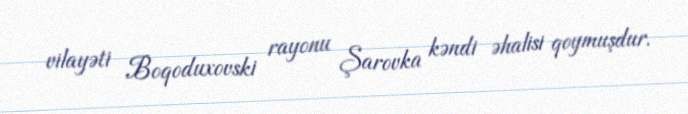
vilayəti Boqoduxovski rayonu Şarovka kəndi əhalisi qoymuşdur.